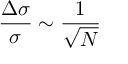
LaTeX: \frac { \Delta \sigma } { \sigma } \sim \frac { 1 } { \sqrt { N } }